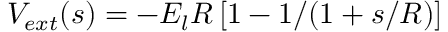
V _ { e x t } ( s ) = - E _ { l } R \left[ 1 - 1 / ( 1 + s / R ) \right]